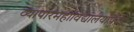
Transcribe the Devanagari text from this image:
व्यापारमहाविद्यालयांपैकी